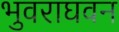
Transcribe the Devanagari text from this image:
भुवराघवन